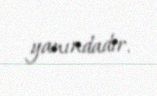
yanındadır.